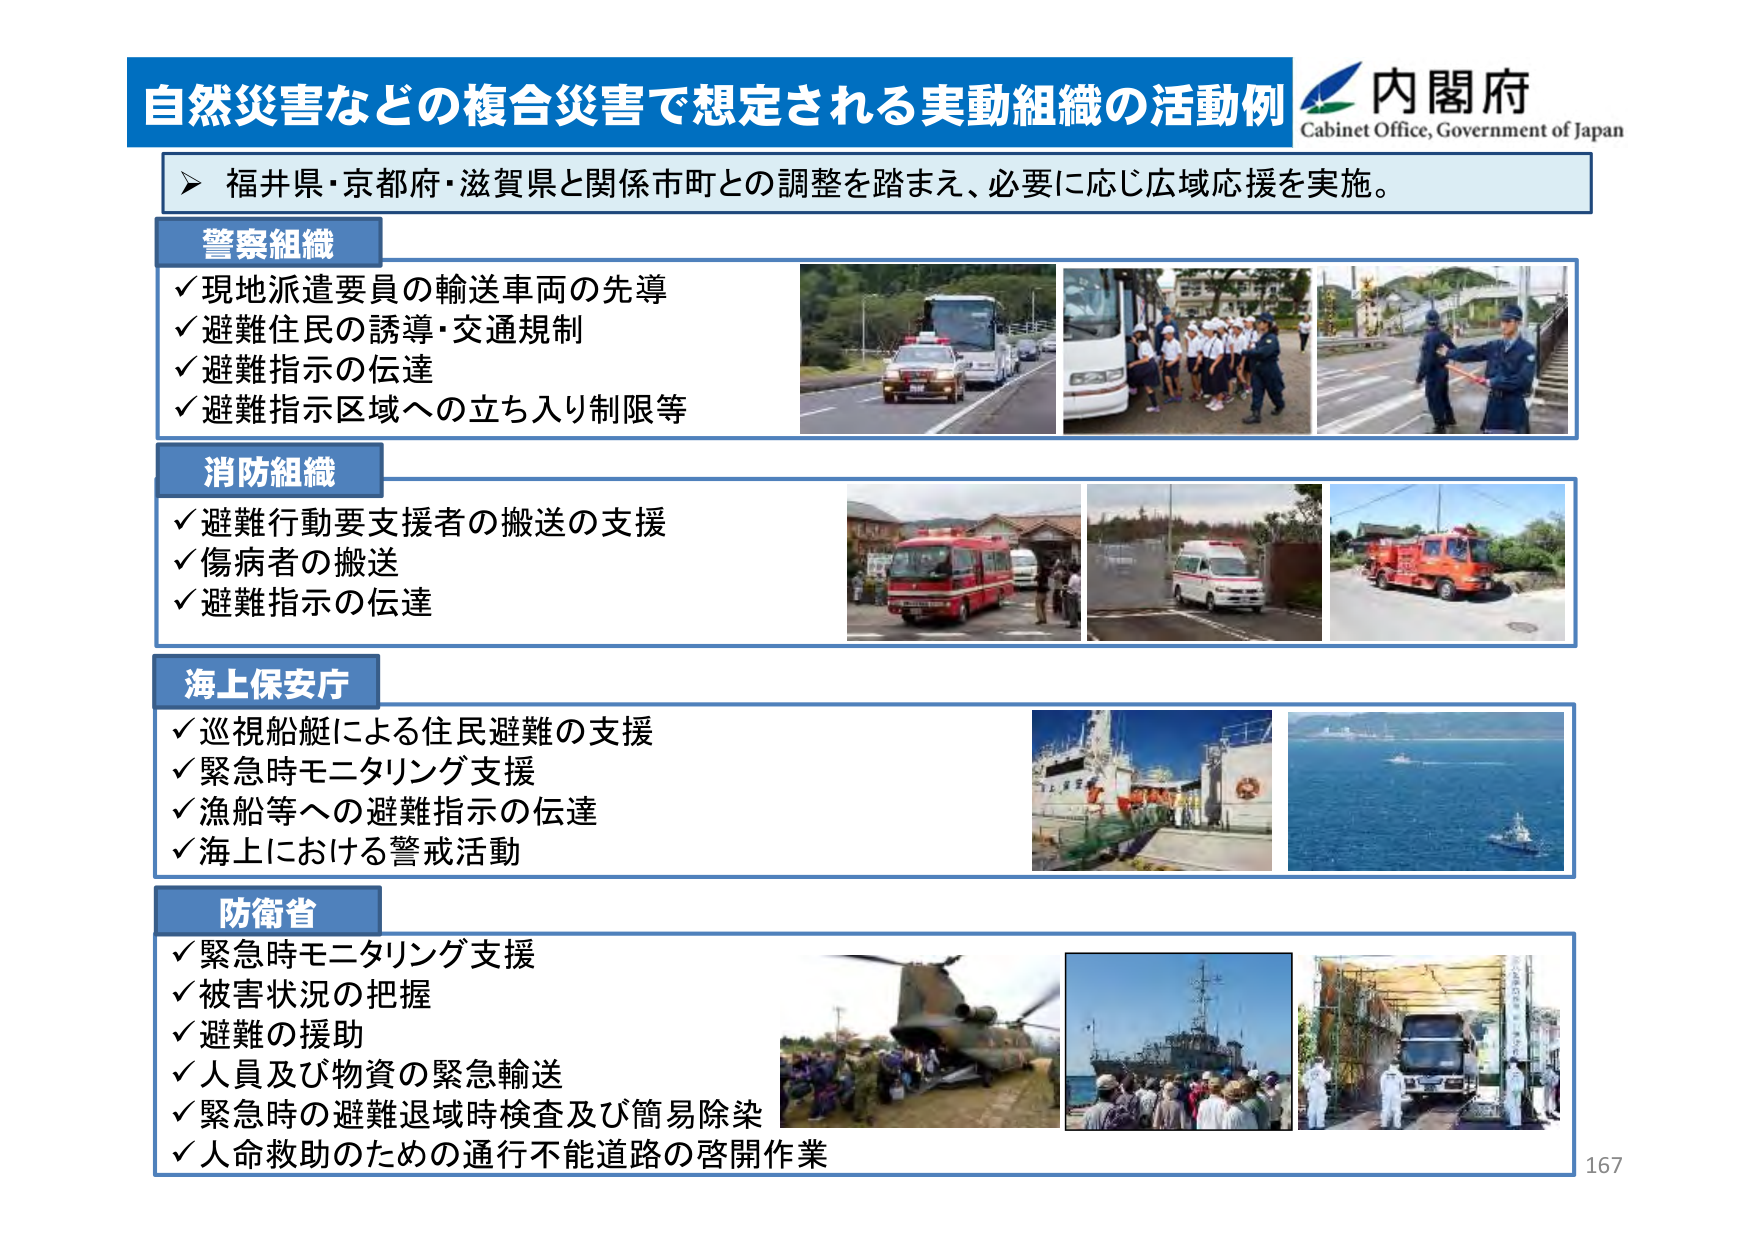
自然災害などの複合災害で想定される実動組織の活動例
内閣府
Cabinet Office, Government of Japan

▶ 福井県・京都府・滋賀県と関係市町との調整を踏まえ、必要に応じ広域応援を実施。

警察組織
✓ 現地派遣要員の輸送車両の先導
✓ 避難住民の誘導・交通規制
✓ 避難指示の伝達
✓ 避難指示区域への立ち入り制限等

消防組織
✓ 避難行動要支援者の搬送の支援
✓ 傷病者の搬送
✓ 避難指示の伝達

海上保安庁
✓ 巡視船艇による住民避難の支援
✓ 緊急時モニタリング支援
✓ 漁船等への避難指示の伝達
✓ 海上における警戒活動

防衛省
✓ 緊急時モニタリング支援
✓ 被害状況の把握
✓ 避難の援助
✓ 人員及び物資の緊急輸送
✓ 緊急時の避難退域時検査及び簡易除染
✓ 人命救助のための通行不能道路の啓開作業

167